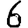
Digit: 6